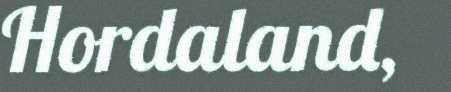
Hordaland,